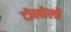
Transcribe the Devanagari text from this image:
टोलोलो